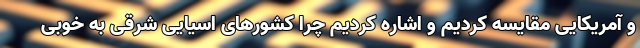
و آمریکایی مقایسه کردیم و اشاره کردیم چرا کشورهای اسیایی شرقی به خوبی